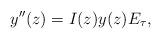
LaTeX: \begin{align*}y^{\prime \prime}(z)=I(z)y(z)E_{\tau}, \end{align*}